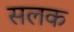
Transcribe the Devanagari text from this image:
सलक